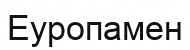
Еуропамен